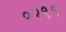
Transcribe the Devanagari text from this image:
०२९१